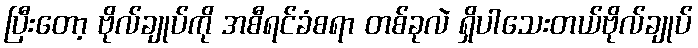
ပြီးတော့ ဗိုလ်ချုပ်ကို အစီရင်ခံစရာ တစ်ခုလဲ ရှိပါသေးတယ်ဗိုလ်ချုပ်